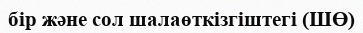
бір және сол шалаөткізгіштегі (ШӨ)